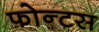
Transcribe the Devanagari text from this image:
फोन्टस